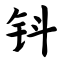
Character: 钭